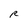
Character: R